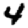
Digit: 4